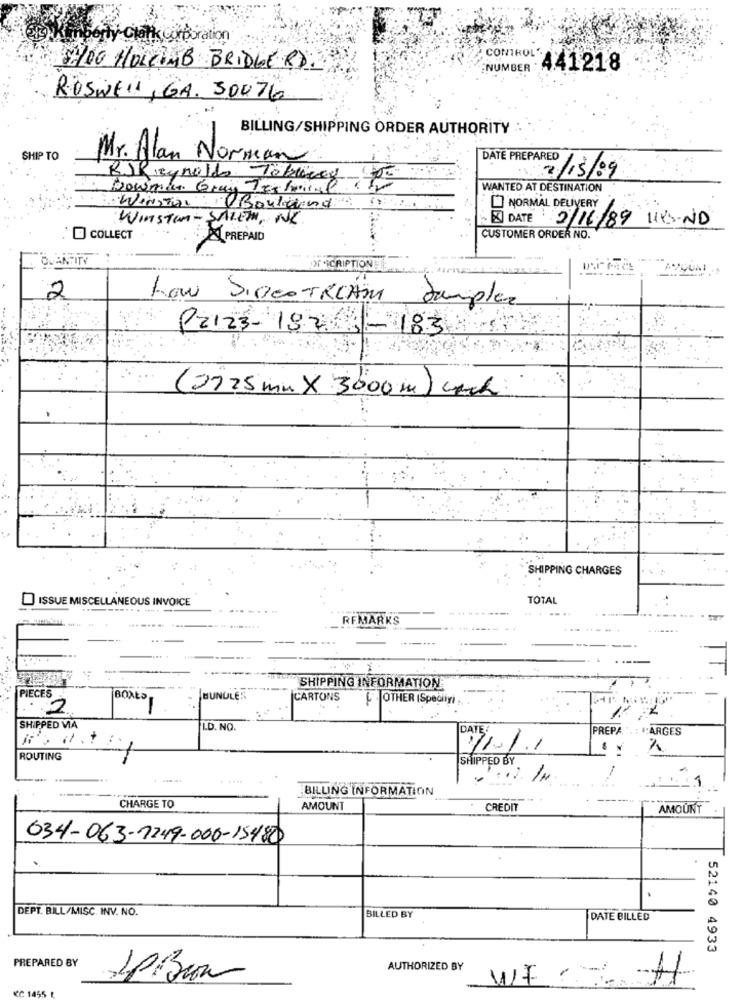
Citatis Corporation
200 HOLLING BRIDGE RD?
CONTROL: 441218
NUMBER
ROSWELL , GA. 30076
BILLING/SHIPPING ORDER AUTHORITY
SHIP TO
Mr. Alan Norman
DATE PREPARED
RSReynolds Többrey
2/13/09
bowman Grain Teslimat
WANTED AT DESTINATION
WinTaBouleand
NORMAL DELIVERY
WINSTON- SALEM, NC
DATE 2/16/89 URS-ND
* COLLECT
PREPAID
CUSTOMER ORDER NO.
QUANTITY
OF SCRIPTIONE
ACQUA
2
how SIBesTRIAM
Sampler
P2123-197-
83
(2725mm X 3000m) coch
SHIPPING CHARGES
ISSUE MISCELLANEOUS INVOICE
TOTAL
.......
REMARKS
SHIPPING INFORMATION
PIECES
BUNULES
CARTONS
OTHER (Spediiyi ,
2
SHIPPED VIA
I.D. NO.
DATE !
PREPA
:ARGES
111.1
ROUTING
SHIPPED BY
...
1.12. 14
1
BILLING INFORMATION
CHARGE TO
AMOUNT
CREDIT
AMOUNT
034-063-7249-000-15480
DEPT. BILL/MISC. INV. NO.
BILLED BY
DATE BILLED
52140 4933
PREPARED BY
AUTHORIZED BY
WFH